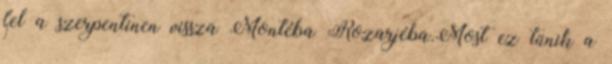
fel a szerpentinen vissza Montéba Rozarjéba.Most ez tünik a